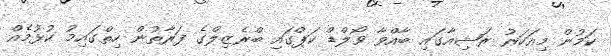
ކަމުން މިއަހަރު ރަޝިއާގައި ބާއްވާ ވޯލްޑް ކަޕްގައި ބްރެޒިލްގެ ފަރާތުން ހިތްގައިމު ކުޅުމެއް